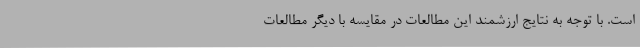
است. با توجه به نتایج ارزشمند این مطالعات در مقایسه با دیگر مطالعات